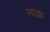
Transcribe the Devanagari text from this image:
लांझा